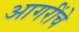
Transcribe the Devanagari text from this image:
आगरींचे